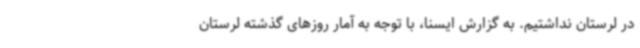
در لرستان نداشتیم. به گزارش ایسنا، با توجه به آمار روزهای گذشته لرستان